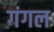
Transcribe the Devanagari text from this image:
गंगल